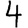
Digit: 4